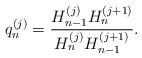
LaTeX: \begin{align*} q^{(j)}_n=\frac{H^{(j)}_{n-1}H^{(j+1)}_{n}}{H^{(j)}_{n}H^{(j+1)}_{n-1}}.\end{align*}